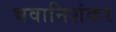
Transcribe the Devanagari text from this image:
भवानिशंकर